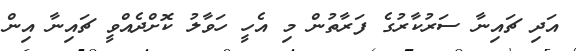
އަދި ޗައިނާ ސަރުކާރުގެ ފަރާތުން މި އެހީ ހަވާލު ކޮށްދެއްވީ ޗައިނާ އިން